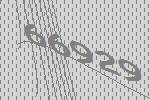
66929